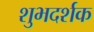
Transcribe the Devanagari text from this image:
शुभदर्शक